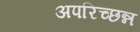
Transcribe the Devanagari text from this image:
अपरिच्छन्न